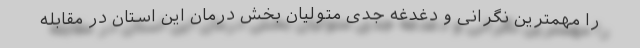
را مهمترین نگرانی و دغدغه جدی متولیان بخش درمان این استان در مقابله